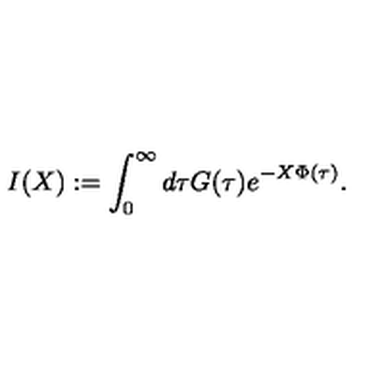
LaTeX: I ( X ) : = \int _ { 0 } ^ { \infty } d \tau G ( \tau ) e ^ { - X \Phi ( \tau ) } .